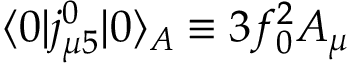
\langle 0 \vert j _ { \mu 5 } ^ { 0 } \vert 0 \rangle _ { A } \equiv 3 f _ { 0 } ^ { 2 } A _ { \mu }